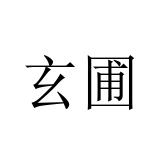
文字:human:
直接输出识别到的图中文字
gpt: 玄圃